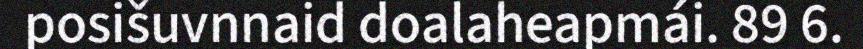
posišuvnnaid doalaheapmái. 89 6.